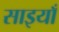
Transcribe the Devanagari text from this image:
साइयाँ